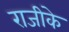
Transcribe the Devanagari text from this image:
राजीके